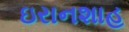
ઇરાનશાહ